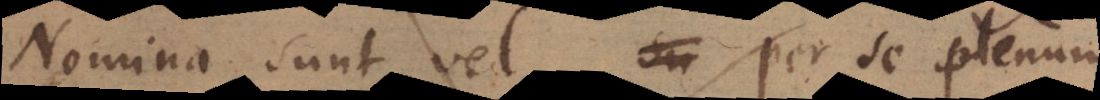
Nomina sunt vel per se plenum